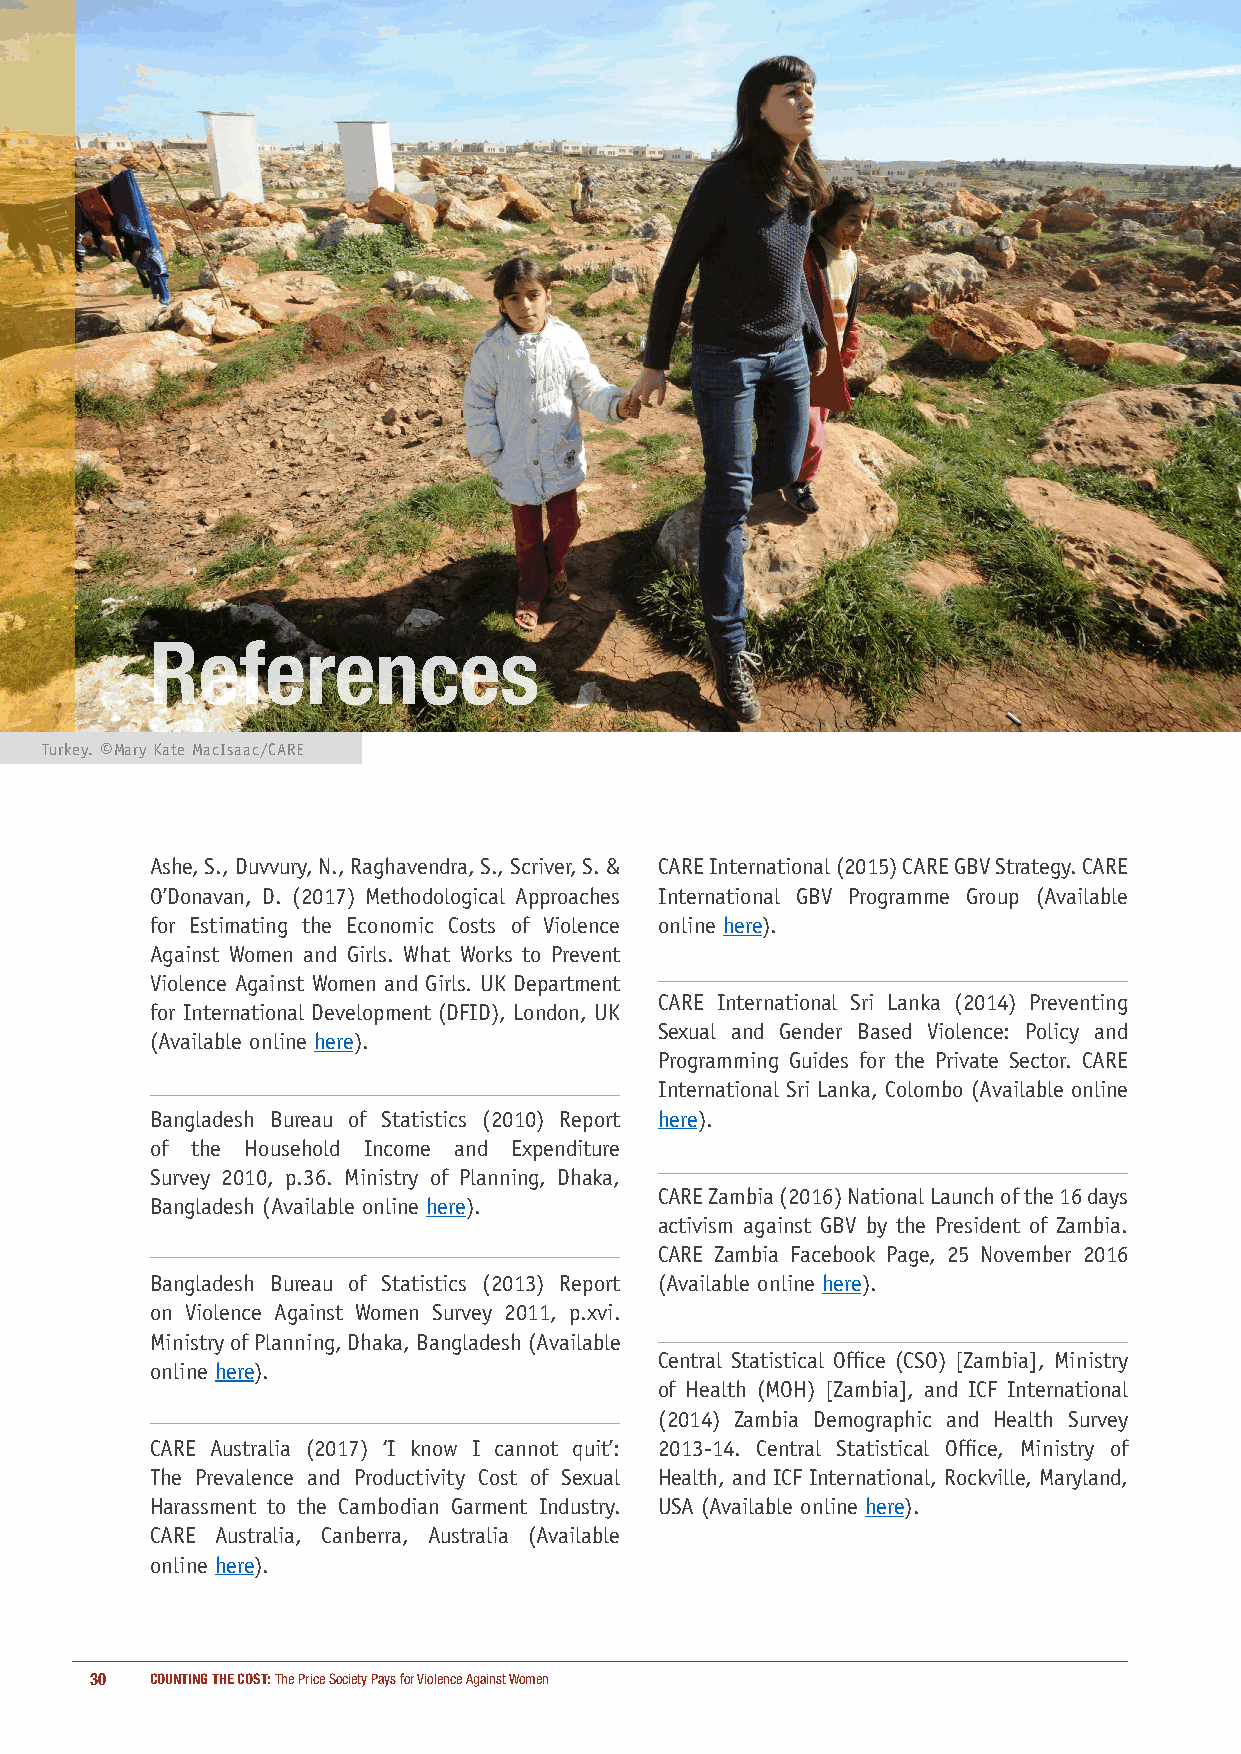
References
 Turkey. ©Mary Kate MacIsaac/CARE
 Ashe, S., Duvvury, N., Raghavendra, S., Scriver, S. & CARE International (2015) CARE GBV Strategy. CARE
 O’Donavan, D. (2017) Methodological Approaches International GBV Programme Group (Available
 for Estimating the Economic Costs of Violence online here).
 Against Women and Girls. What Works to Prevent
 Violence Against Women and Girls. UK Department
 CARE International Sri Lanka (2014) Preventing
 for International Development (DFID), London, UK
 Sexual and Gender Based Violence: Policy and
 (Available online here).
 Programming Guides for the Private Sector. CARE
 International Sri Lanka, Colombo (Available online
 Bangladesh Bureau of Statistics (2010) Report here).
 of the Household Income and Expenditure
 Survey 2010, p.36. Ministry of Planning, Dhaka,
 CARE Zambia (2016) National Launch of the 16 days
 Bangladesh (Available online here).
 activism against GBV by the President of Zambia.
 CARE Zambia Facebook Page, 25 November 2016
 Bangladesh Bureau of Statistics (2013) Report (Available online here).
 on Violence Against Women Survey 2011, p.xvi.
 Ministry of Planning, Dhaka, Bangladesh (Available
 Central Statistical Office (CSO) [Zambia], Ministry
 online here).
 of Health (MOH) [Zambia], and ICF International
 (2014) Zambia Demographic and Health Survey
 CARE Australia (2017) ‘I know I cannot quit’: 2013-14. Central Statistical Office, Ministry of
 The Prevalence and Productivity Cost of Sexual Health, and ICF International, Rockville, Maryland,
 Harassment to the Cambodian Garment Industry. USA (Available online here).
 CARE Australia, Canberra, Australia (Available
 online here).
 30  COUNTING THE COST: The Price Society Pays for Violence Against Women